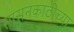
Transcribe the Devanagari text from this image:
सासनकाठीच्या